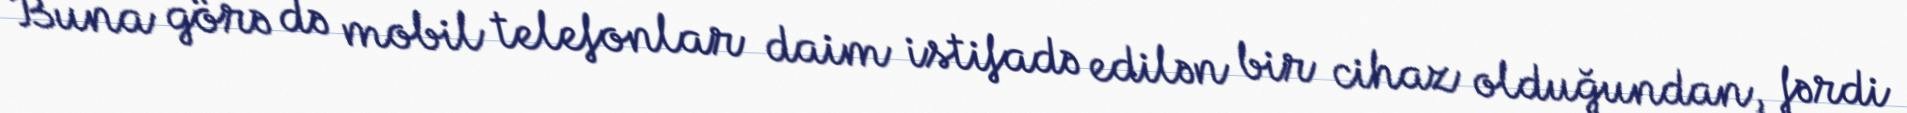
Buna görə də mobil telefonlar daim istifadə edilən bir cihaz olduğundan, fərdi